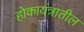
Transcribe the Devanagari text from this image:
होकायंत्रातील